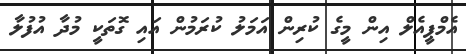
އެމްޕީއެލް އިން މީގެ ކުރިން އަމަލު ކުރަމުން އައި ގޮތަކީ މުދާ އުފުލާ